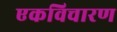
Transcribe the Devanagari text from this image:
एकविचारण